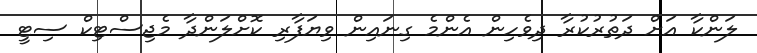
ލަންކާ އަށް ދަތުރުކުރާ ދިވެހިން އެންމެ ގިނައިން ވިޔަފާރި ކޮށްލަންދާ މެޖިސްޓިކް ސިޓީ